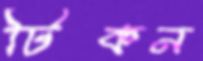
টিকন